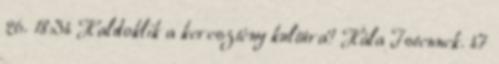
26. 18:34 Haldoklik a keresztény kultúra? Hála Istennek. 47